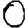
Digit: 0